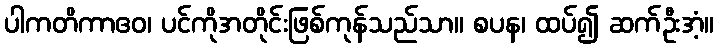
ပါကတိကာဧဝ၊ ပင်ကိုအတိုင်းဖြစ်ကုန်သည်သာ။ စပန၊ ထပ်၍ ဆက်ဦးအံ့။